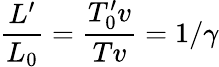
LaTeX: {\frac{L^{\prime}}{L_{0}}}={\frac{T_{0}^{\prime}v}{Tv}}=1/\gamma